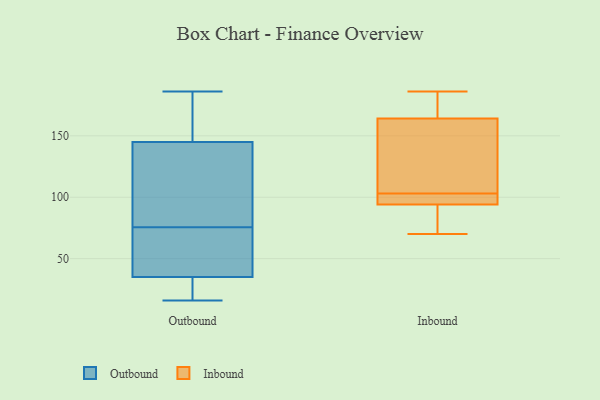
{"axis": {"x": "Temperature (°C)", "y": "Value"}, "legend": ["Inbound", "Outbound"], "data": [{"x": "", "y": 31, "type": "Outbound"}, {"x": "", "y": 145, "type": "Outbound"}, {"x": "", "y": 74, "type": "Outbound"}, {"x": "", "y": 16, "type": "Outbound"}, {"x": "", "y": 22, "type": "Outbound"}, {"x": "", "y": 173, "type": "Outbound"}, {"x": "", "y": 186, "type": "Outbound"}, {"x": "", "y": 77, "type": "Outbound"}, {"x": "", "y": 157, "type": "Outbound"}, {"x": "", "y": 37, "type": "Outbound"}, {"x": "", "y": 94, "type": "Outbound"}, {"x": "", "y": 24, "type": "Outbound"}, {"x": "", "y": 86, "type": "Outbound"}, {"x": "", "y": 58, "type": "Outbound"}, {"x": "", "y": 35, "type": "Outbound"}, {"x": "", "y": 74, "type": "Outbound"}, {"x": "", "y": 122, "type": "Outbound"}, {"x": "", "y": 181, "type": "Outbound"}, {"x": "", "y": 185, "type": "Inbound"}, {"x": "", "y": 103, "type": "Inbound"}, {"x": "", "y": 70, "type": "Inbound"}, {"x": "", "y": 186, "type": "Inbound"}, {"x": "", "y": 101, "type": "Inbound"}, {"x": "", "y": 103, "type": "Inbound"}, {"x": "", "y": 134, "type": "Inbound"}, {"x": "", "y": 94, "type": "Inbound"}, {"x": "", "y": 164, "type": "Inbound"}, {"x": "", "y": 72, "type": "Inbound"}]}